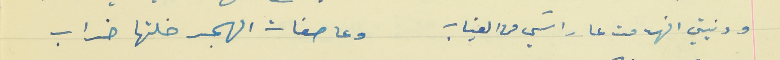
ودنيتي انهدمت عا راسَي من الغياب                              وعاصفات الهجر خلتها خراب